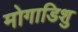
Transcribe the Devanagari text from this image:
मोगाडिशु